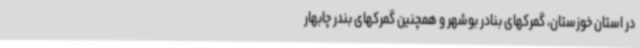
در استان خوزستان، گمرکهای بنادر بوشهر و همچنین گمرکهای بندر چابهار